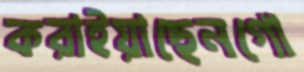
করাইয়াছেনগো